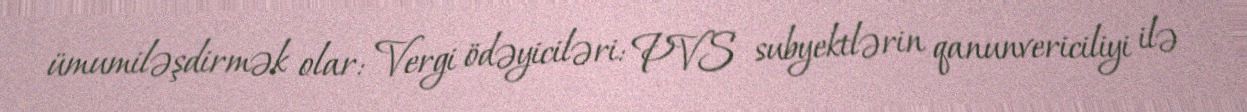
ümumiləşdirmək olar: Vergi ödəyiciləri: PVS subyektlərin qanunvericiliyi ilə